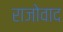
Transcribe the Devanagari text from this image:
राजोवाद